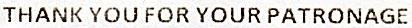
THANK YOU FOR YOUR PATRONAGE